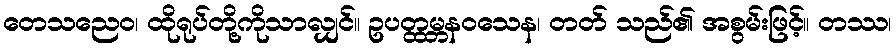
တေသညေဝ၊ ထိုရုပ်တို့ကိုသာလျှင်။ ဥပတ္ထမ္ဘနဝသေန၊ တတ် သည်၏ အစွမ်းဖြင့်။ တဿ၊